Lunatic asylums Burma 1907-21 - 1907-1921
Year: 1907
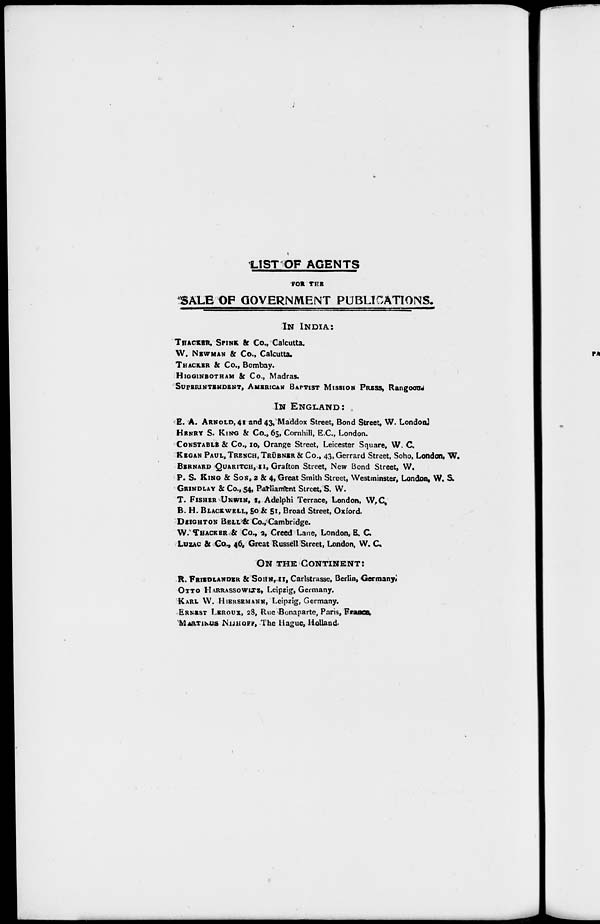
LIST OF AGENTS
FOR THE
SALE OP GOVERNMENT PUBLICATIONS.
IN INDIA:
THACKER, SPINK & Co., Calcutta.
W. NEWMAN & Co., Calcutta.
THACKER & Co., Bombay.
HIGGINBOTHAM & Co., Madras.
SUPERINTENDENT, AMERICAN BAPTIST MISSION PRESS, Rangoon.
IN ENGLAND:
E. A. ARNOLD, 41 and 43, Maddox Street, Bond Street, W. London)
HENRY S. KING & Co., 65, Cornhill, E.C., London.
CONSTABLE & Co., 10, Orange Street, Leicester Square, W. C.
KEGAN PAUL, TRENCH, TRÜBNER & Co., 43, Gerrard Street, Soho, London, W.
BERNARD QUARITCH, 11, Grafton Street, New Bond Street, W.
P. S. KING & SON, 2 & 4, Great Smith Street, Westminster, London, W. S.
GRINDLAY & Co., 54, Parliament Street, S. W.
T. FISHER UNWIN, 1, Adelphi Terrace, London, W.C.
B. H. BLACKWELL, 50 & 51, Broad Street, Oxford
DEIGHTON BELL & Co., Cambridge.
W. THACKER & Co., 2, Creed Lane, London, E. C.
LUZAC & Co., 46, Great Russell Street, London, W. C.
ON THE CONTINENT:
R. FRIEDLANDER & SOHN, 11, Carlstrasse, Berlin, Germany.
OTTO HARRASSOWITZ, Leipzig, Germany.
KARL W. HIERSEMANN, Leipzig, Germany.
ERNEST LEROUX, 28, Rue Bonaparte, Paris, France.
MARTINUS NIJHOFF, The Hague, Holland.